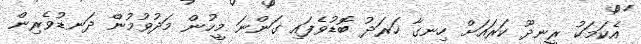
އެކަމަކު ރީނދޫ ކަރައަށް ހިނގާ ހަރަދު ބޮޑުވެފައި ގަންނަ މީހުން މަދުވުމުން ދަނޑުވެރިން